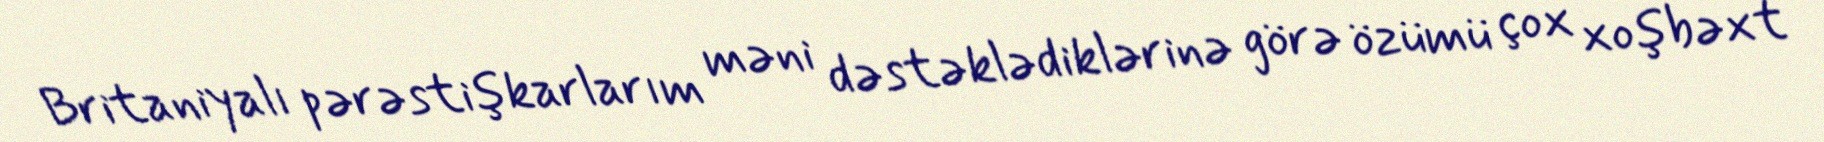
Britaniyalı pərəstişkarlarım məni dəstəklədiklərinə görə özümü çox xoşbəxt